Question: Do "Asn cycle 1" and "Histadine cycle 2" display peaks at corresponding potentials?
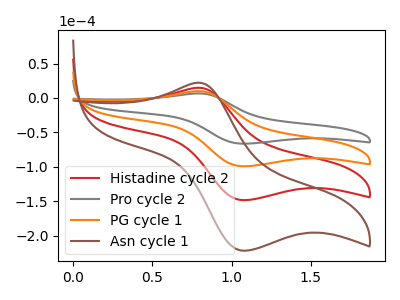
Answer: <think>The red curve "Histadine cycle 2" has an anodic peak at (0.80V, 19.85uA) and a cathodic peak at (1.10V, -198.80uA). The gray curve "Pro cycle 2" has an anodic peak at (0.80V, 6.65uA) and a cathodic peak at (1.10V, -66.50uA). The orange curve "PG cycle 1" has an anodic peak at (0.80V, 9.95uA) and a cathodic peak at (1.10V, -99.40uA). The brown curve "Asn cycle 1" has an anodic peak at (0.80V, 29.80uA) and a cathodic peak at (1.10V, -298.20uA).</think>
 <answer>Yes, "Asn cycle 1" have a peak in "Histadine cycle 2" at the same potential.</answer>
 <eval>match</eval>